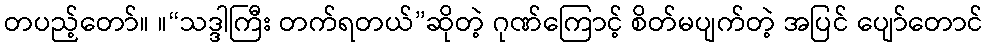
တပည့်တော်။ ။“သဒ္ဒါကြီး တက်ရတယ်”ဆိုတဲ့ ဂုဏ်ကြောင့် စိတ်မပျက်တဲ့ အပြင် ပျော်တောင်